Vaccination Hyderabad 1872-1889 - 1872-1889
Year: 1872
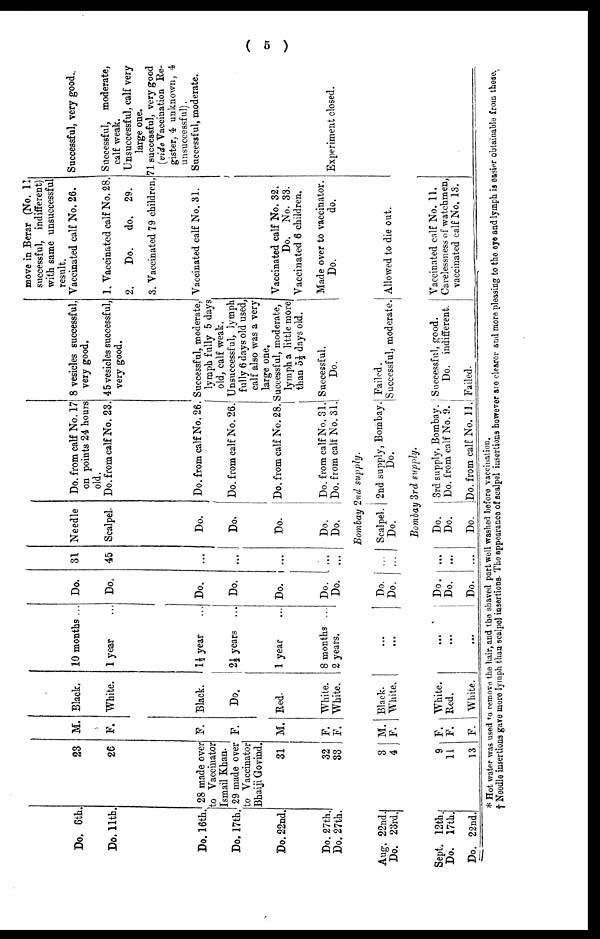
( 5 )
Do. 6th
Do. 11th
Do. 16th.
Do. 17th.
Do. 22nd.
Do. 27th.
Do. 27th.
23
26
28 made over
to Vaccinator
Ismail Khan.
29 made over
to Vaccinator
Bhaiji Govind.
31
32
33
M.
F.
F.
F.
M.
F.
F.
Black.
White.
Black.
Do.
Red.
White.
White.
10 months ..
1 year ...
1 ½ year
2½ years ...
1 year
8 months ...
2 years.
Do.
Do.
Do.
Do.
Do.
Do.
Do.
31
45
...
...
...
.
...
Needle
Scalpel.
Do.
Do.
Do.
Do.
Do.
Do. from calf No. 17
on points 24 hours
old.
Do. from calf No. 23.
Do. from calf No. 26.
Do. from calf No. 26.
Do. from calf No. 28.
Do. from calf No. 31.
Do. from calf No. 31.
8 vesicles successful,
very good.
45 vesicles successful,
very good.
Successful, moderate,
lymph fully 5 days
old, calf weak.
Unsuccessful, lymph
fully 6 days old used,
calf also was a very
large one.
Successful, moderate,
lymph a little more
than 5½ days old.
Successful.
Do.
move in Berar (No. 11
successful, indifferent)
with same unsuccessful
result.
Vaccinated calf No. 26.
1. Vaccinated calf No. 28.
2.
Do. do. 29.
3. Vaccinated 79 children,
Vaccinated calf No. 31.
Vaccinated calf No. 32.
Do. No. 33.
Vaccinated 6 children.
Made over to vaccinator.
Do.
do.
Successful, very good..
Successful, moderate,
calf weak.
Unsuccessful, calf very
large one.
71 successful, very good
(vide Vaccination Re-
gister, 4 unknown, 4
unsuccessful).
Successful, moderate.
Experiment closed.
Bombay 2nd supply.
Aug. 22nd.
Do. 23rd.
3
4
M.
F.
Black.
White.
...
...
Do.
Do.
...
...
Scalpel.
Do.
2nd supply, Bombay.
Do.
Failed.
Successful, moderate. Allowed to die out.
Bombay 3rd supply.
Sept. 12th.
Do. 17th.
Do. 22nd.
9
11
13
F.
F.
F.
White.
Red.
White.
...
...
...
Do.
Do.
Do.
...
...
...
Do.
Do.
Do.
3rd supply, Bombay.
Do. from calf No. 9.
Do. from calf No. 11.
Successful, good.
Do. indifferent.
Failed.
Vaccinated calf No. 11.
Carelessness of watchmen,
vaccinated calf No. 13.
* Hot water was used to remove the hair, and the shaved part well washed before vaccination.
† Needle insertions gave more lymph than scalpel insertions. The appearance of scalpel insertions however are clearer and more pleasing to the eye and lymph is easier obtainable from these.